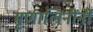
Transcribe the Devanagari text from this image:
मृणालिनींनी